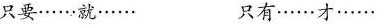
只要……就…… 只有……才……